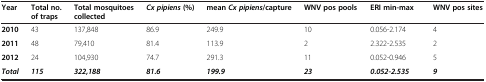
<table><thead><tr><td><b>Year</b></td><td><b>Total no. of traps</b></td><td><b>Total mosquitoes collected</b></td><td><b><i>Cx pipiens </i>(%)</b></td><td><b>mean <i>Cx pipiens</i>/capture</b></td><td><b>WNV pos pools</b></td><td><b>ERI min-max</b></td><td><b>WNV pos sites</b></td></tr></thead><tbody><tr><td><b>2010</b></td><td>43</td><td>137,848</td><td>86.9</td><td>249.9</td><td>10</td><td>0.056-2.174</td><td>4</td></tr><tr><td><b>2011</b></td><td>48</td><td>79,410</td><td>81.4</td><td>113.9</td><td>2</td><td>2.322-2.535</td><td>2</td></tr><tr><td><b>2012</b></td><td>24</td><td>104,930</td><td>74.7</td><td>291.3</td><td>11</td><td>0.052-0.946</td><td>5</td></tr><tr><td><b><i>Total</i></b></td><td><b><i>115</i></b></td><td><b><i>322,188</i></b></td><td><b><i>81.6</i></b></td><td><b><i>199.9</i></b></td><td><b><i>23</i></b></td><td><b><i>0.052-2.535</i></b></td><td><b><i>9</i></b></td></tr></tbody></table>